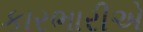
કારભારીએ